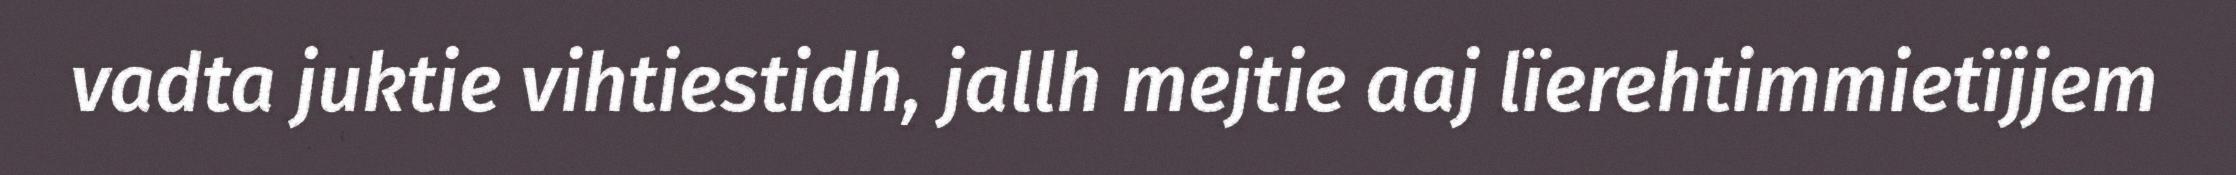
vadta juktie vihtiestidh, jallh mejtie aaj lïerehtimmietïjjem